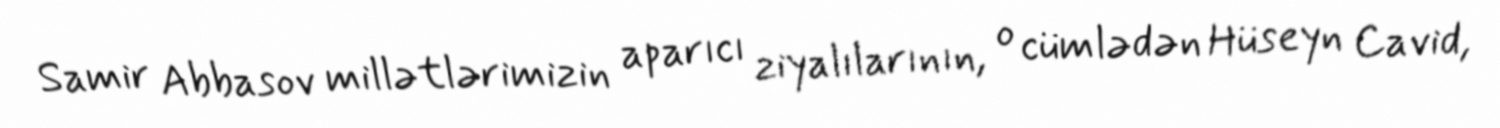
Samir Abbasov millətlərimizin aparıcı ziyalılarının, o cümlədən Hüseyn Cavid,